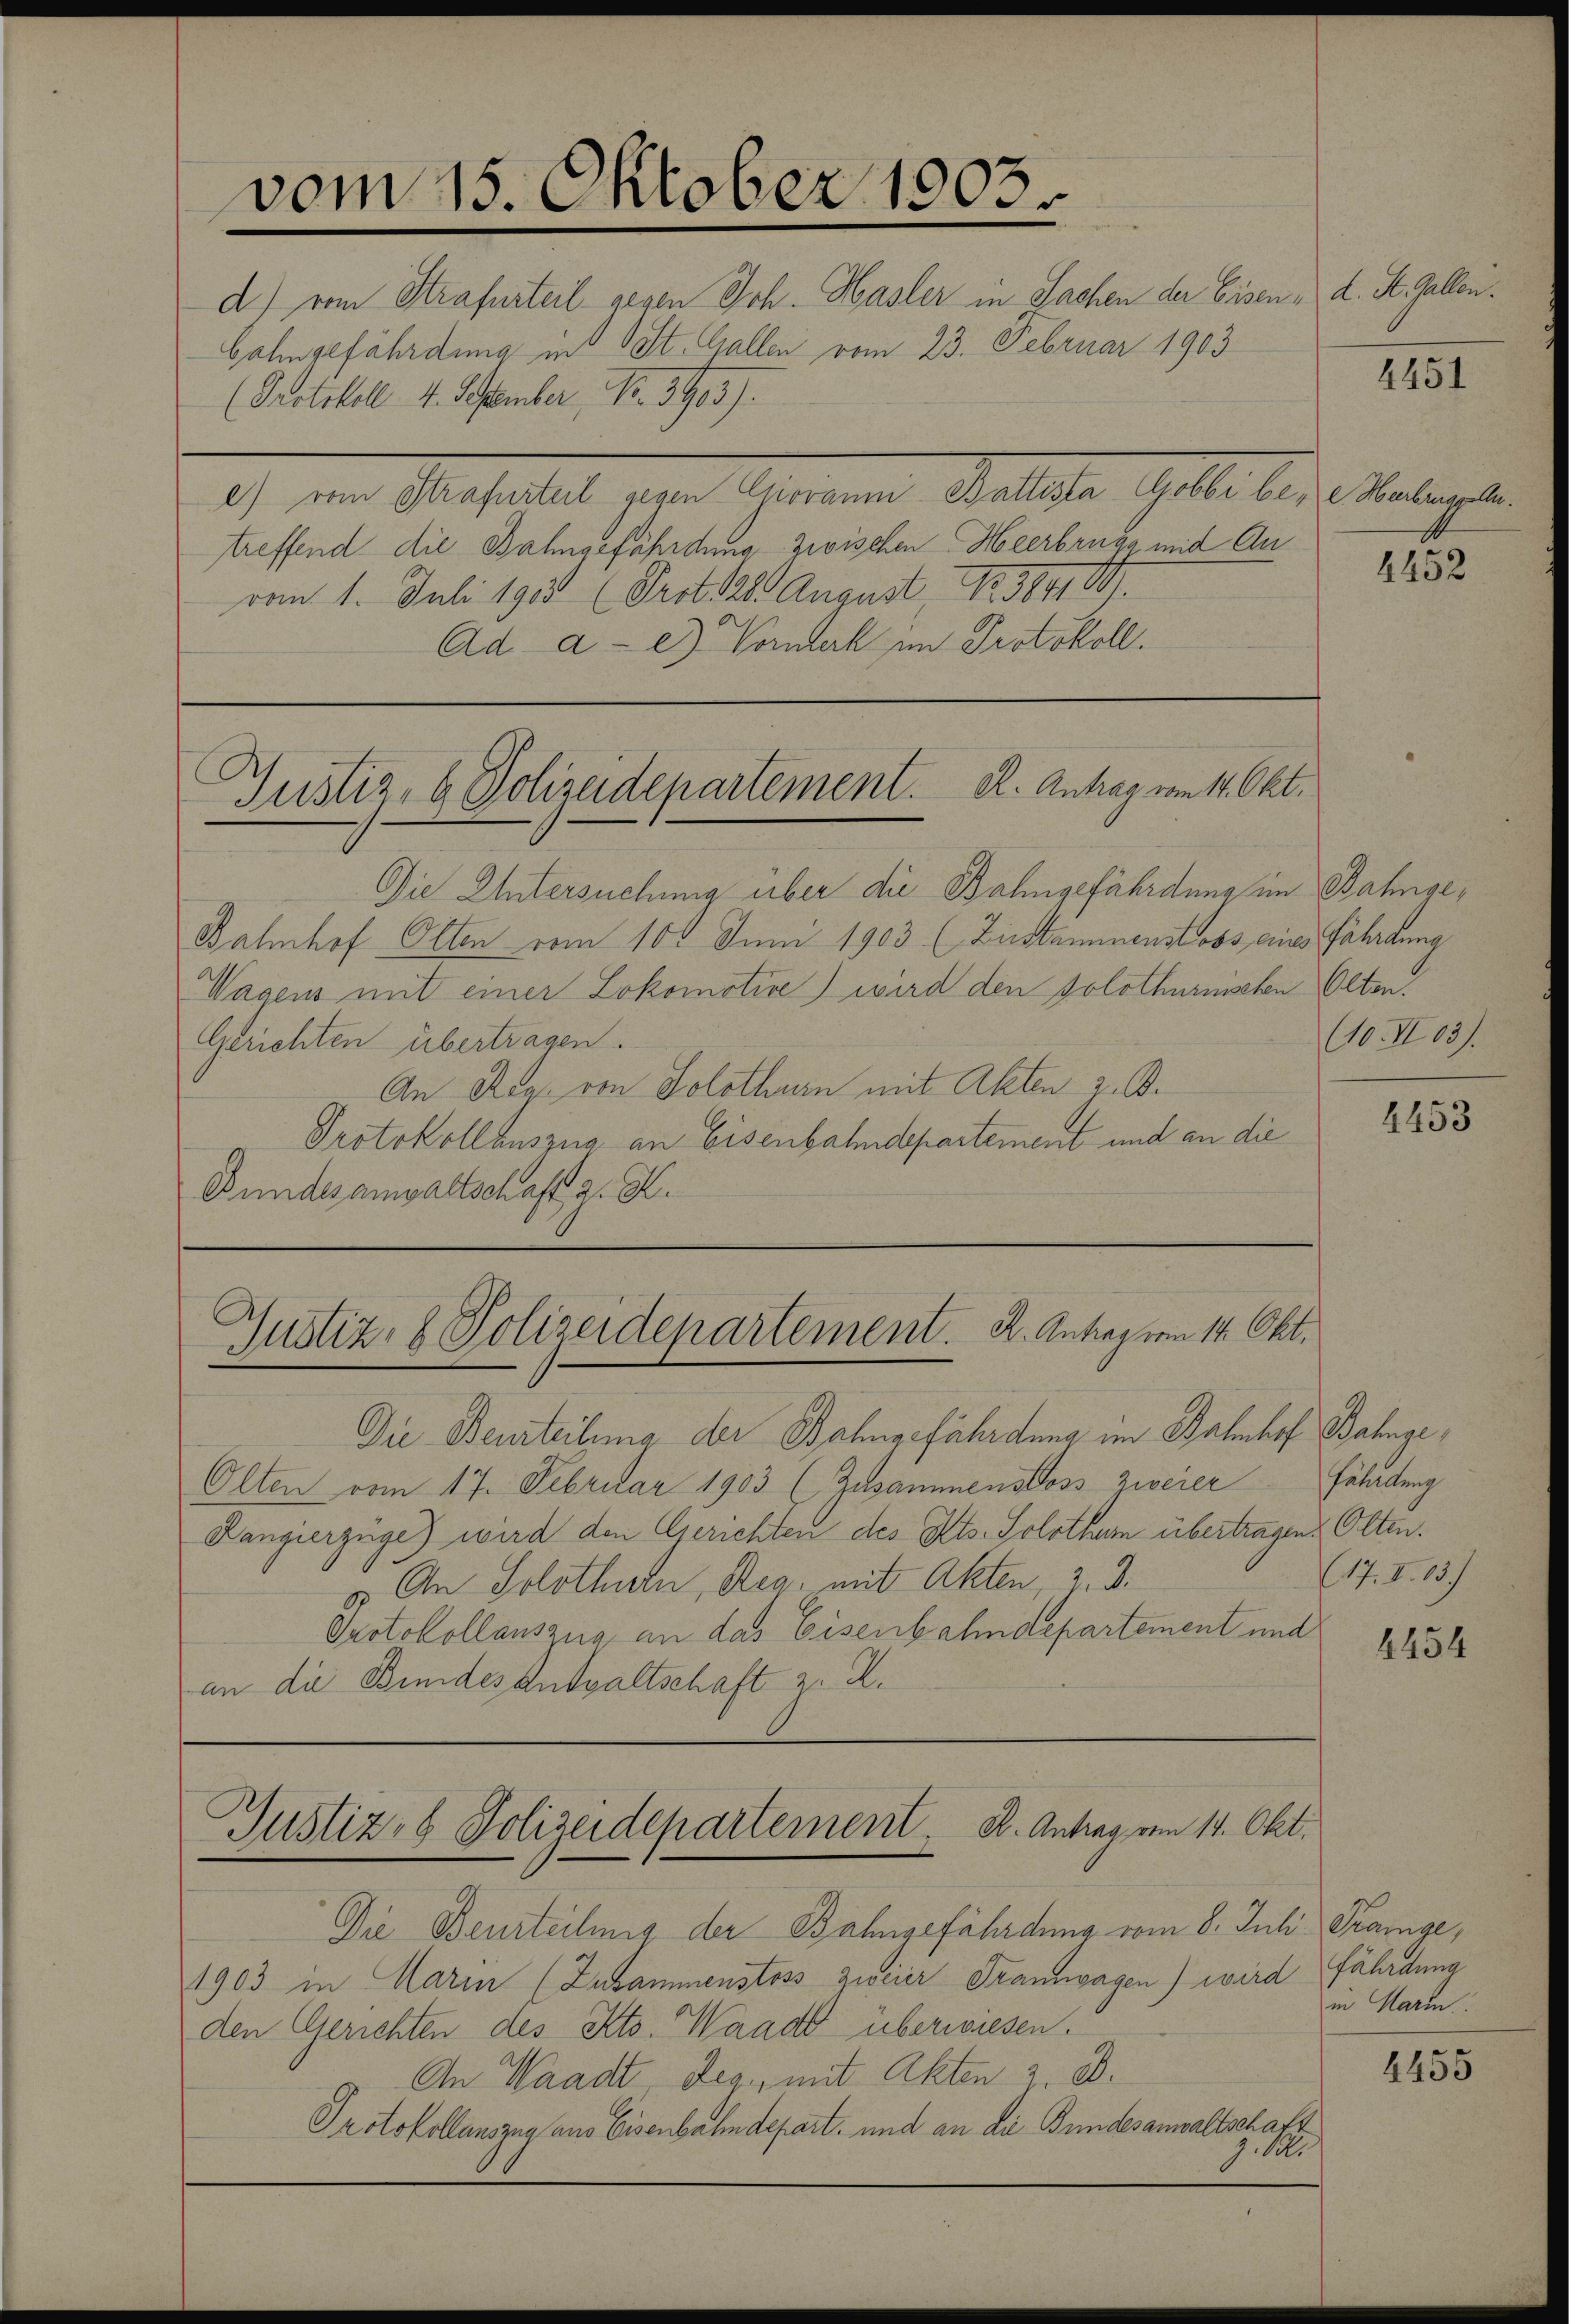
vom 15. Oktober 1903.

d) von Strafurteil gegen Joh. Hasler in Sachen der Eisen, d. St. Gallen.
Lahngefährdung in St. Gallen vom 23. Februar 1903
(Protokoll 4. September, No. 3905).
2), und Ausfalle der Scheinen Stellten Gelte des Malere
treffend die Bahngefährdung zwischen Heerbruga mit Anvom 1. Juli 1931 (Prot. 28 August No. 3691097.
Ad a-e Vormerk im Protokoll.

Justiz, b. Polizeidepartement. A. Antrag vom 14. Okt.

Die Untersuchung über die Bahngefährdung im Bahnge¬
Bahnhof Olten vom 100 Juni 1903 (Ziestammenstoss eines Fährdung
Wagens mit einer Lokomotive) wird den solothurmsten Olten.
Gerichten übertragen.
An Reg. von Solothurn mit Akten z. B.
Protokollauszug an Eisenbahndepartement und an die
Bundesanwaltschaft 2. X.

Gustiz- & Polizeidepartement. K. Antrag vom 14. Okt.

Die Beurteilung der Bahngefährdung im Bahnhof Bahnge¬
Olten vom 17. Februar 1903 (Zusammenstoss zweier
Kangierzüge) wird den Gerichten des Kts. Solothum übertragen? Olten.
o. An Solothurn, Reg. mit Akten, 2. d.
Protokollauszug an das Eisenbahndepartement und
an die Bundes Antwaltschaft z. Z.

Justiz- & Polizeidepartement. B. Antrag vom 14. Okt.

Die Beurteilung der Bahngefährdung vom 8. Juli Prange,
1903 in Marin (Zusammenstoss zweier Frannvagen) wird fährdung
den Gerichten des Kts. Waadt überwiesen.
An Waadt Deg, mit Akten 3. d.
Protokollanszug aus Eisenbahndepart, und an die Bundesanwaltschaft
z. 12.

4451

2452

(10. III 63).

4453

Fataltung
(17. I. 13.)

4454

in Mari

4455